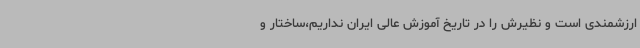
ارزشمندی است و نظیرش را در تاریخ آموزش عالی ایران نداریم،ساختار و